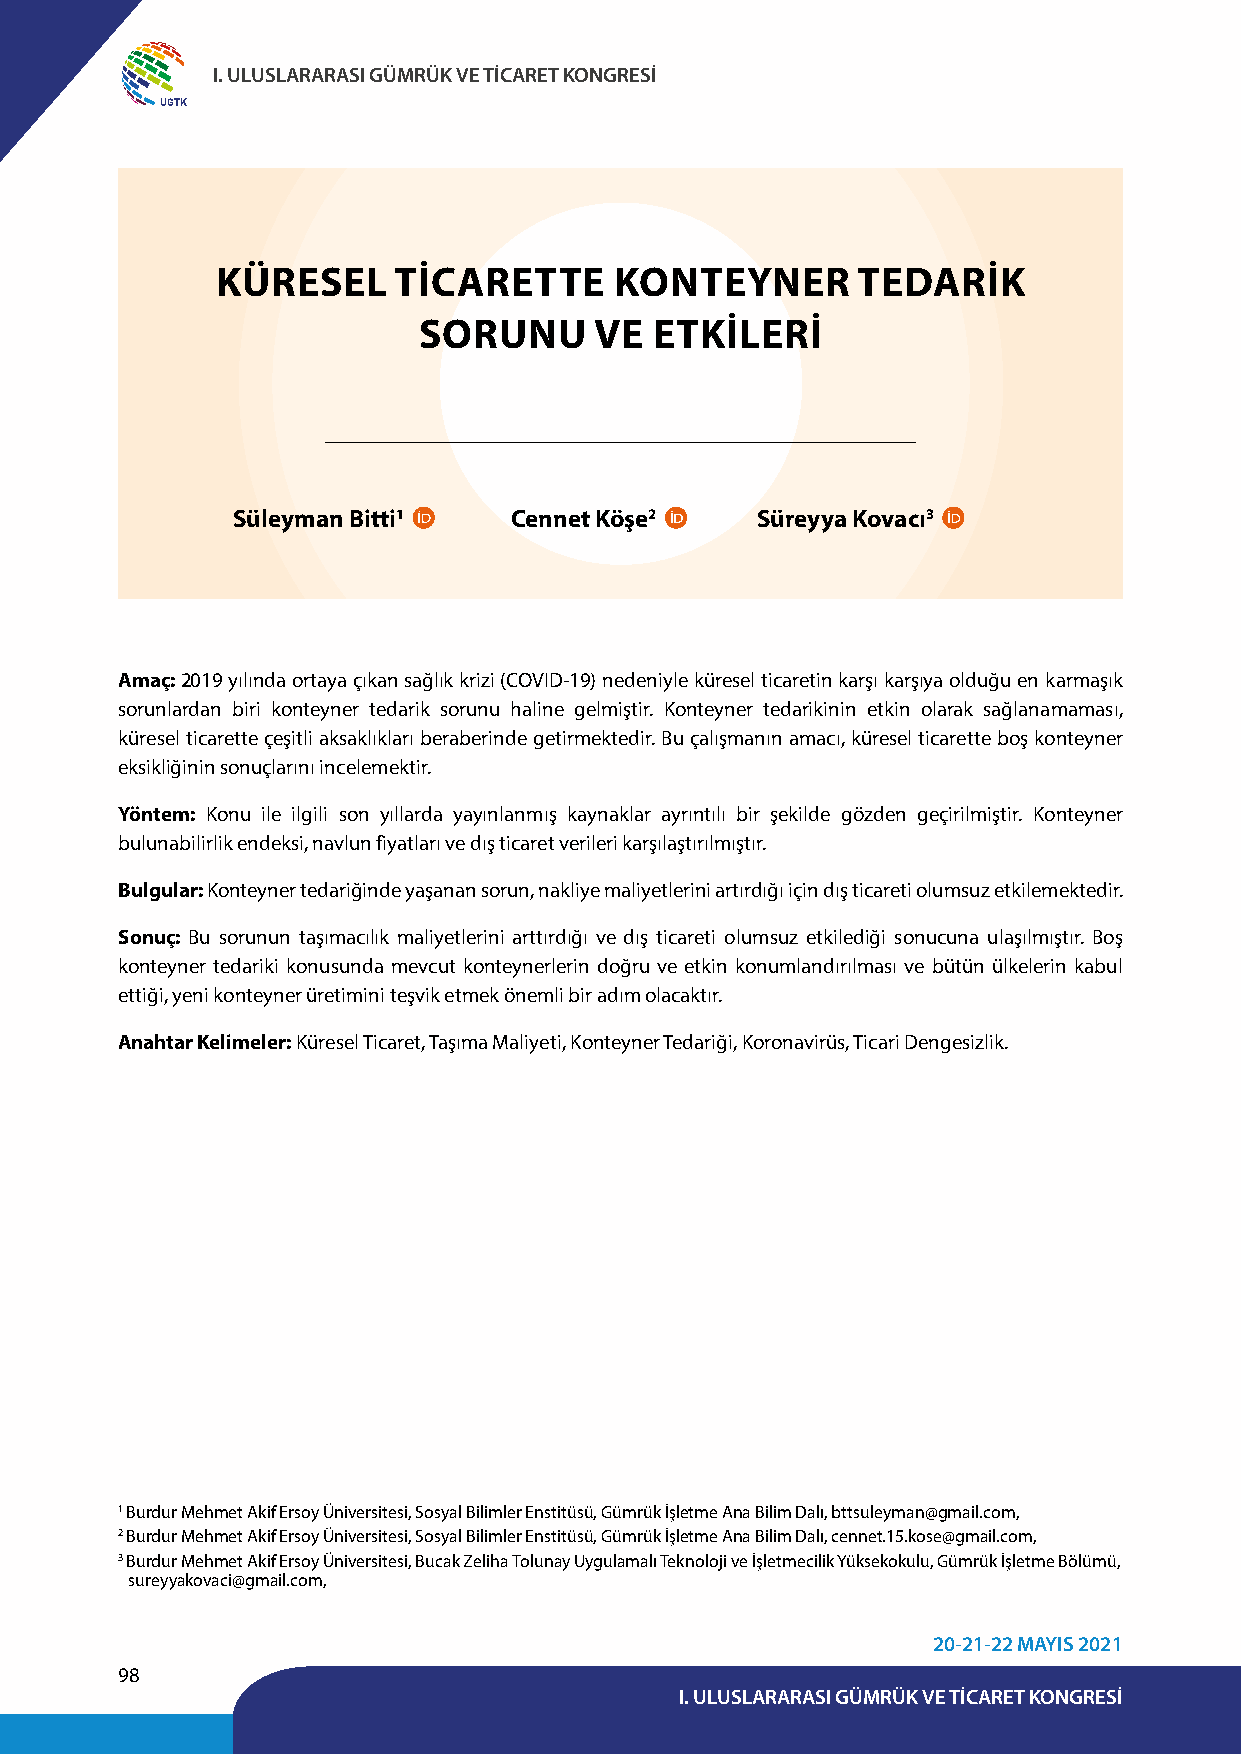
I. ULUSLARARASI GÜMRÜK VE TİCARET KONGRESİ
 UGTK
 KÜRESEL     TİCARETTE      KONTEYNER       TEDARİK
 SORUNU     VE  ETKİLERİ
 Süleyman Bitti1    Cennet Köşe2    Süreyya Kovacı3
 Amaç: 2019 yılında ortaya çıkan sağlık krizi (COVID-19) nedeniyle küresel ticaretin karşı karşıya olduğu en karmaşık
 sorunlardan biri konteyner tedarik sorunu haline gelmiştir. Konteyner tedarikinin etkin olarak sağlanamaması,
 küresel ticarette çeşitli aksaklıkları beraberinde getirmektedir. Bu çalışmanın amacı, küresel ticarette boş konteyner
 eksikliğinin sonuçlarını incelemektir.
 Yöntem: Konu ile ilgili son yıllarda yayınlanmış kaynaklar ayrıntılı bir şekilde gözden geçirilmiştir. Konteyner
 bulunabilirlik endeksi, navlun fiyatları ve dış ticaret verileri karşılaştırılmıştır.
 Bulgular: Konteyner tedariğinde yaşanan sorun, nakliye maliyetlerini artırdığı için dış ticareti olumsuz etkilemektedir.
 Sonuç: Bu sorunun taşımacılık maliyetlerini arttırdığı ve dış ticareti olumsuz etkilediği sonucuna ulaşılmıştır. Boş
 konteyner tedariki konusunda mevcut konteynerlerin doğru ve etkin konumlandırılması ve bütün ülkelerin kabul
 ettiği, yeni konteyner üretimini teşvik etmek önemli bir adım olacaktır.
 Anahtar Kelimeler: Küresel Ticaret, Taşıma Maliyeti, Konteyner Tedariği, Koronavirüs, Ticari Dengesizlik.
 1 Burdur Mehmet Akif Ersoy Üniversitesi, Sosyal Bilimler Enstitüsü, Gümrük İşletme Ana Bilim Dalı, bttsuleyman@gmail.com,
 2 Burdur Mehmet Akif Ersoy Üniversitesi, Sosyal Bilimler Enstitüsü, Gümrük İşletme Ana Bilim Dalı, cennet.15.kose@gmail.com,
 3 Burdur Mehmet Akif Ersoy Üniversitesi, Bucak Zeliha Tolunay Uygulamalı Teknoloji ve İşletmecilik Yüksekokulu, Gümrük İşletme Bölümü,
 sureyyakovaci@gmail.com,
 20-21-22 MAYIS 2021
 98
 I. ULUSLARARASI GÜMRÜK VE TİCARET KONGRESİ